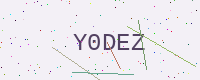
Text: Y0DEZ